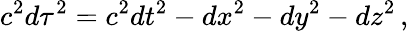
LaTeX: c^{2}d\tau^{2}=c^{2}dt^{2}-dx^{2}-dy^{2}-dz^{2}\, ,